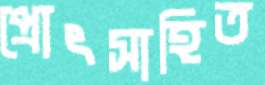
প্রোৎসাহিত